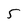
Character: 5